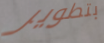
بتطوير